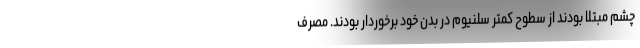
چشم مبتلا بودند از سطوح کمتر سلنیوم در بدن خود برخوردار بودند. مصرف